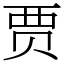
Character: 贾